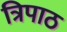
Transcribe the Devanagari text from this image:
त्रिपाठ